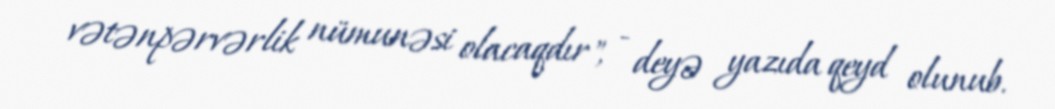
vətənpərvərlik nümunəsi olacaqdır", - deyə yazıda qeyd olunub.